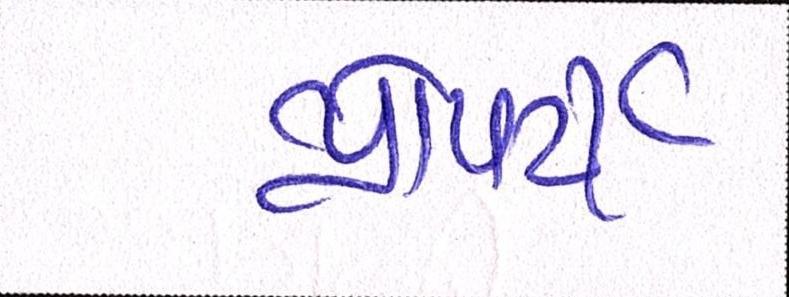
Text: પ્રોપર્ટી